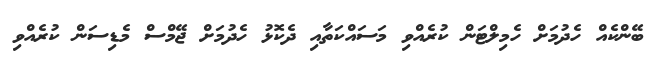
ބޭންކެއް ހެދުމަށް ހެމިލްޓަން ކުރެއްވި މަސައްކަތާއި ދެކޮޅު ހެދުމަށް ޖޭމްސް މެޑިސަން ކުރެއްވި